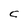
Character: C